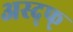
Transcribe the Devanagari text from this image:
अस्द्फ्